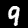
Label: 9